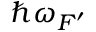
\hbar \omega _ { F ^ { \prime } }